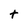
Character: t